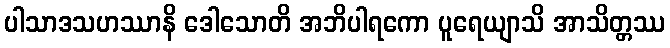
ပါသာဒသဟဿာနိ ဒေါသောတိ အဘိပါရကော ပူရေယျာသိ အာသိတ္တဿ